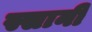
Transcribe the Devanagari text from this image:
स्सानी